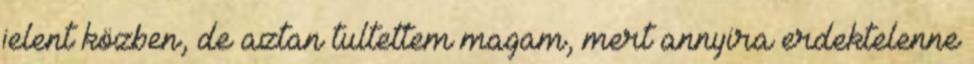
jelent közben, de aztan tultettem magam, mert annyira erdektelenne